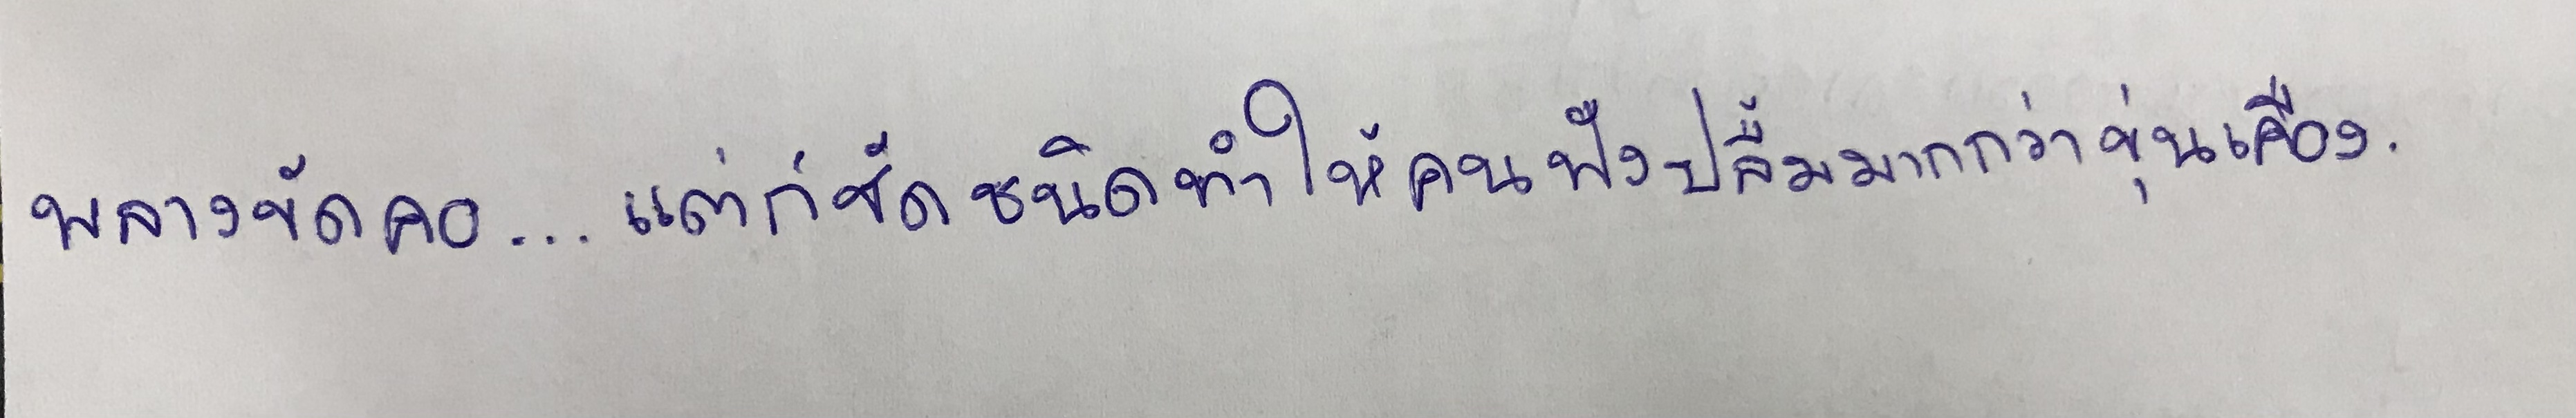
พลางขัดคอ...แต่ก็ชัดชนิดทำให้คนฟังปลื้มมากกว่าขุ่นเคือง